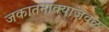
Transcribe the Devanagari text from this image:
जकातनाक्याजवळ